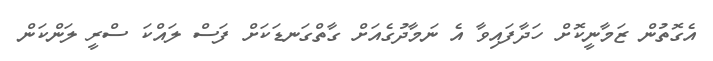
އެގޮތުން ޒަމާނީކޮށް ހަދާފައިވާ އެ ނަމާދުގެއަށް ގާތްގަނޑަކަށް ފަސް ލައްކަ ސްރީ ލަންކަން